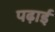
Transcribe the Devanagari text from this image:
पढ़ाईं